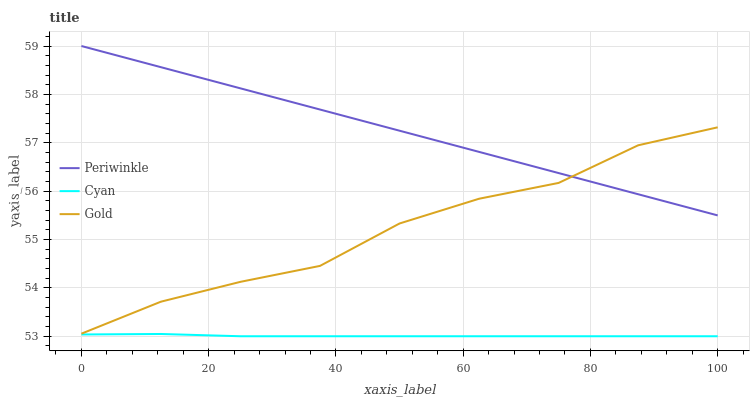
| xaxis_label | Periwinkle | Cyan | Gold |
 | --- | --- | --- | --- |
 | 0 | 59 | 53 | 53.1 |
 | 12.5 | 58.6 | 53 | 53.7 |
 | 25 | 58.1 | 53 | 54.1 |
 | 37.5 | 57.7 | 53 | 54.5 |
 | 50 | 57.2 | 53 | 55.3 |
 | 62.5 | 56.8 | 53 | 55.8 |
 | 75 | 56.4 | 53 | 56.2 |
 | 87.5 | 55.9 | 53 | 56.9 |
 | 100 | 55.5 | 53 | 57.3 |